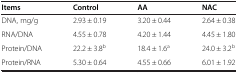
<table><thead><tr><td><b>Items</b></td><td><b>Control</b></td><td><b>AA</b></td><td><b>NAC</b></td></tr></thead><tbody><tr><td>DNA, mg/g</td><td>2.93 ± 0.19</td><td>3.20 ± 0.44</td><td>2.64 ± 0.38</td></tr><tr><td>RNA/DNA</td><td>4.55 ± 0.78</td><td>4.20 ± 1.44</td><td>4.45 ± 1.80</td></tr><tr><td>Protein/DNA</td><td>22.2 ± 3.8<sup>b</sup></td><td>18.4 ± 1.6<sup>a</sup></td><td>24.0 ± 3.2<sup>b</sup></td></tr><tr><td>Protein/RNA</td><td>5.30 ± 0.64</td><td>4.55 ± 0.66</td><td>6.01 ± 1.92</td></tr></tbody></table>